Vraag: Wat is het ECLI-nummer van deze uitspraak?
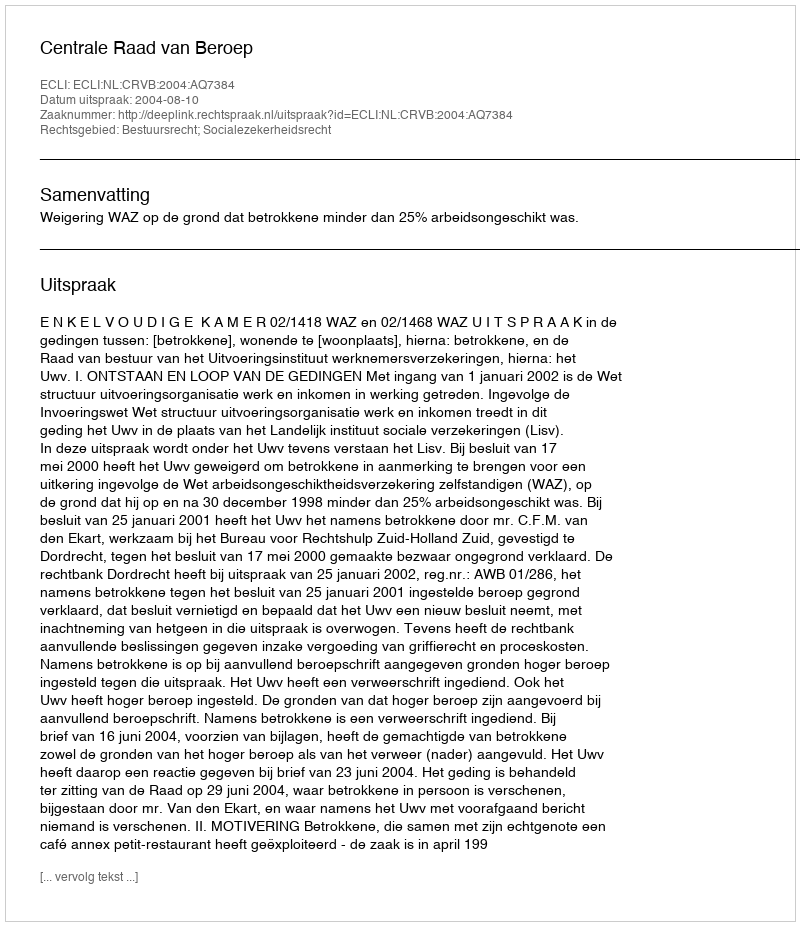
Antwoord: ECLI:NL:CRVB:2004:AQ7384